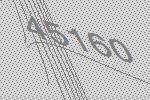
45160